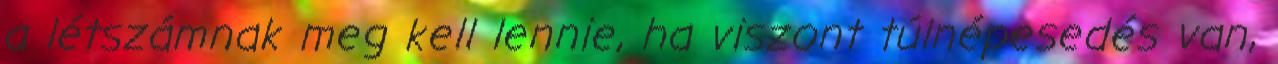
a létszámnak meg kell lennie, ha viszont túlnépesedés van,